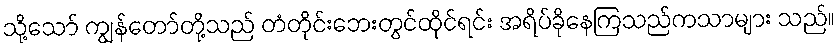
သို့သော် ကျွန်တော်တို့သည် တံတိုင်းဘေးတွင်ထိုင်ရင်း အရိပ်ခိုနေကြသည်ကသာများ သည်။